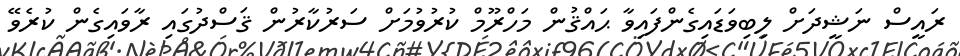
ރައީސް ނަޝީދަށް ލިބިވަޑައިގެންފައިވާ ޙައްޤުން މަހްރޫމް ކުރުވުމަށް ސަރުކާރުން ޤަސްދުގައި ރާވައިގެން ކުރެވޭ